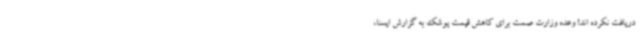
دریافت نکرده اند! وعده وزارت صمت برای کاهش قیمت پوشک به گزارش ایسنا،